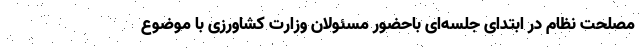
مصلحت نظام در ابتدای جلسه‌ای باحضور مسئولان وزارت کشاورزی با موضوع